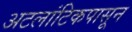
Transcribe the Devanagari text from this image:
अटलांटिकपासून